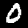
Digit: 0